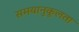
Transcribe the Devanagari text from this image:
समयानुकूलता